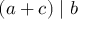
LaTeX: ( a + c ) \mid b